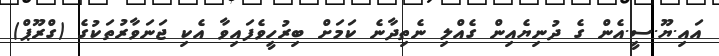
އައި.ޔޫ.ސީ.އެން ގެ ދުނިޔެއިން ގެއްލި ނެތިދާނެ ކަމަށް ބިރުހީވެފައިވާ އެކި ޖަނަވާރުތަކުގެ (ގްރޫޕް)